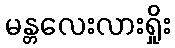
မန္တလေးလားရှိုး